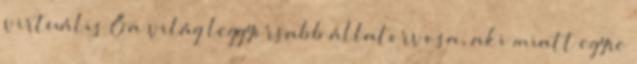
virtuális Ő a világ leggyorsabb állatorvosa, aki miatt egyre